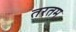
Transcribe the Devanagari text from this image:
तरतम